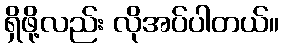
ရှိဖို့လည်း လိုအပ်ပါတယ်။